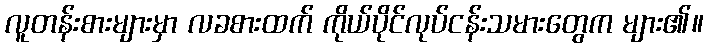
လူတန်းစားများမှာ လခစားထက် ကိုယ်ပိုင်လုပ်ငန်းသမားတွေက များ၏။